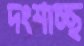
দংশাচ্ছ